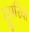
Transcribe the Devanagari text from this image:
दुमरिया